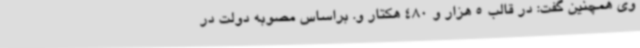
وی همچنین گفت: در قالب 5 هزار و 480 هکتار و. براساس مصوبه دولت در